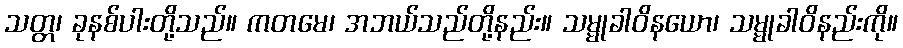
သတ္တ၊ ခုနစ်ပါးတို့သည်။ ကတမေ၊ အဘယ်သည်တို့နည်း။ သမ္မုခါဝိနယော၊ သမ္မုခါဝိနည်းကို။